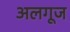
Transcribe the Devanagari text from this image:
अलगूज